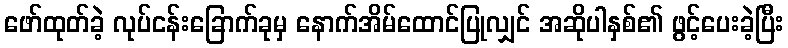
ဖော်ထုတ်ခဲ့ လုပ်ငန်းခြောက်ခုမှ နောက်အိမ်ထောင်ပြုလျှင် အဆိုပါနှစ်၏ ဖွင့်ပေးခဲ့ပြီး